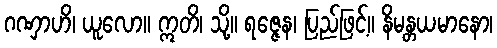
ဂဏှာဟိ၊ ယူလော။ ဣတိ၊ သို့။ ရဇ္ဇေန၊ ပြည်ဖြင့်။ နိမန္တယမာနော၊